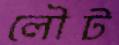
লৌট